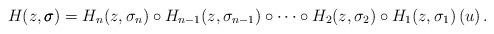
LaTeX: \begin{align*} H (z,\pmb\sigma) = H_n (z,\sigma_n) \circ H_{n-1} (z,\sigma_{n-1}) \circ \cdots \circ H_2 (z,\sigma_2) \circ H_1 (z, \sigma_1) \, (u) \,. \end{align*}